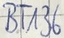
Text: BT136